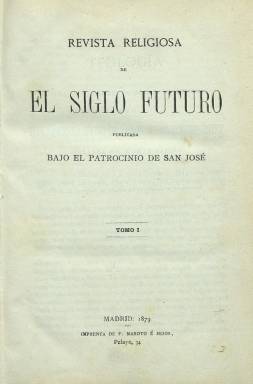
Título: Revista religiosa de El Siglo futuro
Colección: Religión
Ámbito geográfico: Madrid
Lugar de publicación: Madrid
Fechas: 01/01/1879-31/12/1882

Esta publicación nació en 1879 ligada al diario que unos años antes había fundado el integrista católico Cándido Nocedal y desapareció en 1882 al ser absorbida por La Ciencia cristiana, revista que dirigía el catedrático de Metafísica Juan Manuel Ortí y Lara, colaborador de Nocedal y uno de los mayores defensores del neotomismo o ciencia divina en oposición a la ciencia moderna.

    De periodicidad quincenal, la publicación apareció un año después de la subida al solio papal de León XIII, de quien en sucesivas entregas publicó encíclicas, cartas, sermones y otros documentos. Así, por ejemplo, publicó en sus primeros números la encíclica Quod Apostolici Muneris, en la que para combatir el socialismo, “peste mortal”, el Papa recomienda la creación de sociedades obreras católicas.

   La revista se estructuraba en secciones fijas como Teología; Derecho canónico; Controversia, sobre asuntos polémicos; Bibliografía para reseñar todo tipo de obras siempre que no hubiesen sido condenadas por la Congregación del Índice; Movimiento católico, sobre la expansión del catolicismo y las misiones; así como Documentos eclesiásticos, publicados en latín.

    En su primer número, en la sección de Teología, la publicación daba cuenta de una carta inédita de Santo Tomás de Aquino encontrada en Montecassino. De acuerdo con las enseñanzas de León XIII, la doctrina de este doctor de la Iglesia del siglo XIII, puesta al día como neotomismo, debía servir a los católicos para combatir las corrientes filosóficas modernas como el  positivismo y el evolucionismo.

   En su sección dedicada a las misiones, la revista de El Siglo Futuro dejó constancia de la expansión de la fe católica en los países de Asia y en Estados Unidos, así como a pesar de las dificultades en naciones europeas como Gran Bretaña y Alemania; y en su apartado titulado Controversia se pueden leer investigaciones tan curiosas desde nuestro punto de vista actual como la dirigida a demostrar que la historia china es posterior al Diluvio Universal.

   Con anterioridad a su integración en La Ciencia cristiana, la revista publicó, antes de que la obra saliera de la imprenta y llegara a las librerías, la introducción del tomo tercero de la Historia de los heterodoxos españoles, una de las grandes obras de Marcelino Menéndez Pelayo, adalid del catolicismo.

   Al igual que su publicación matriz, El Siglo Futuro, la revista estuvo consagrada a combatir el liberalismo, al que consideraba su enemigo, pese a que la posición del Papa cada vez iba siendo más matizada y contemporizadora. Pero ni Cándido Nocedal ni su hijo Ramón, que le sucedió en la dirección, estaban dispuestos a ceder. Como escribió en 1882 el colaborador de la revista y catedrático de Derecho Ventura Camacho:  “La iglesia tiene derecho indisputable y deber sagrado de defenderse y de ahí la necesidad de descender a tomar parte en política”.

[Descripción publicada el 5/6/2018]